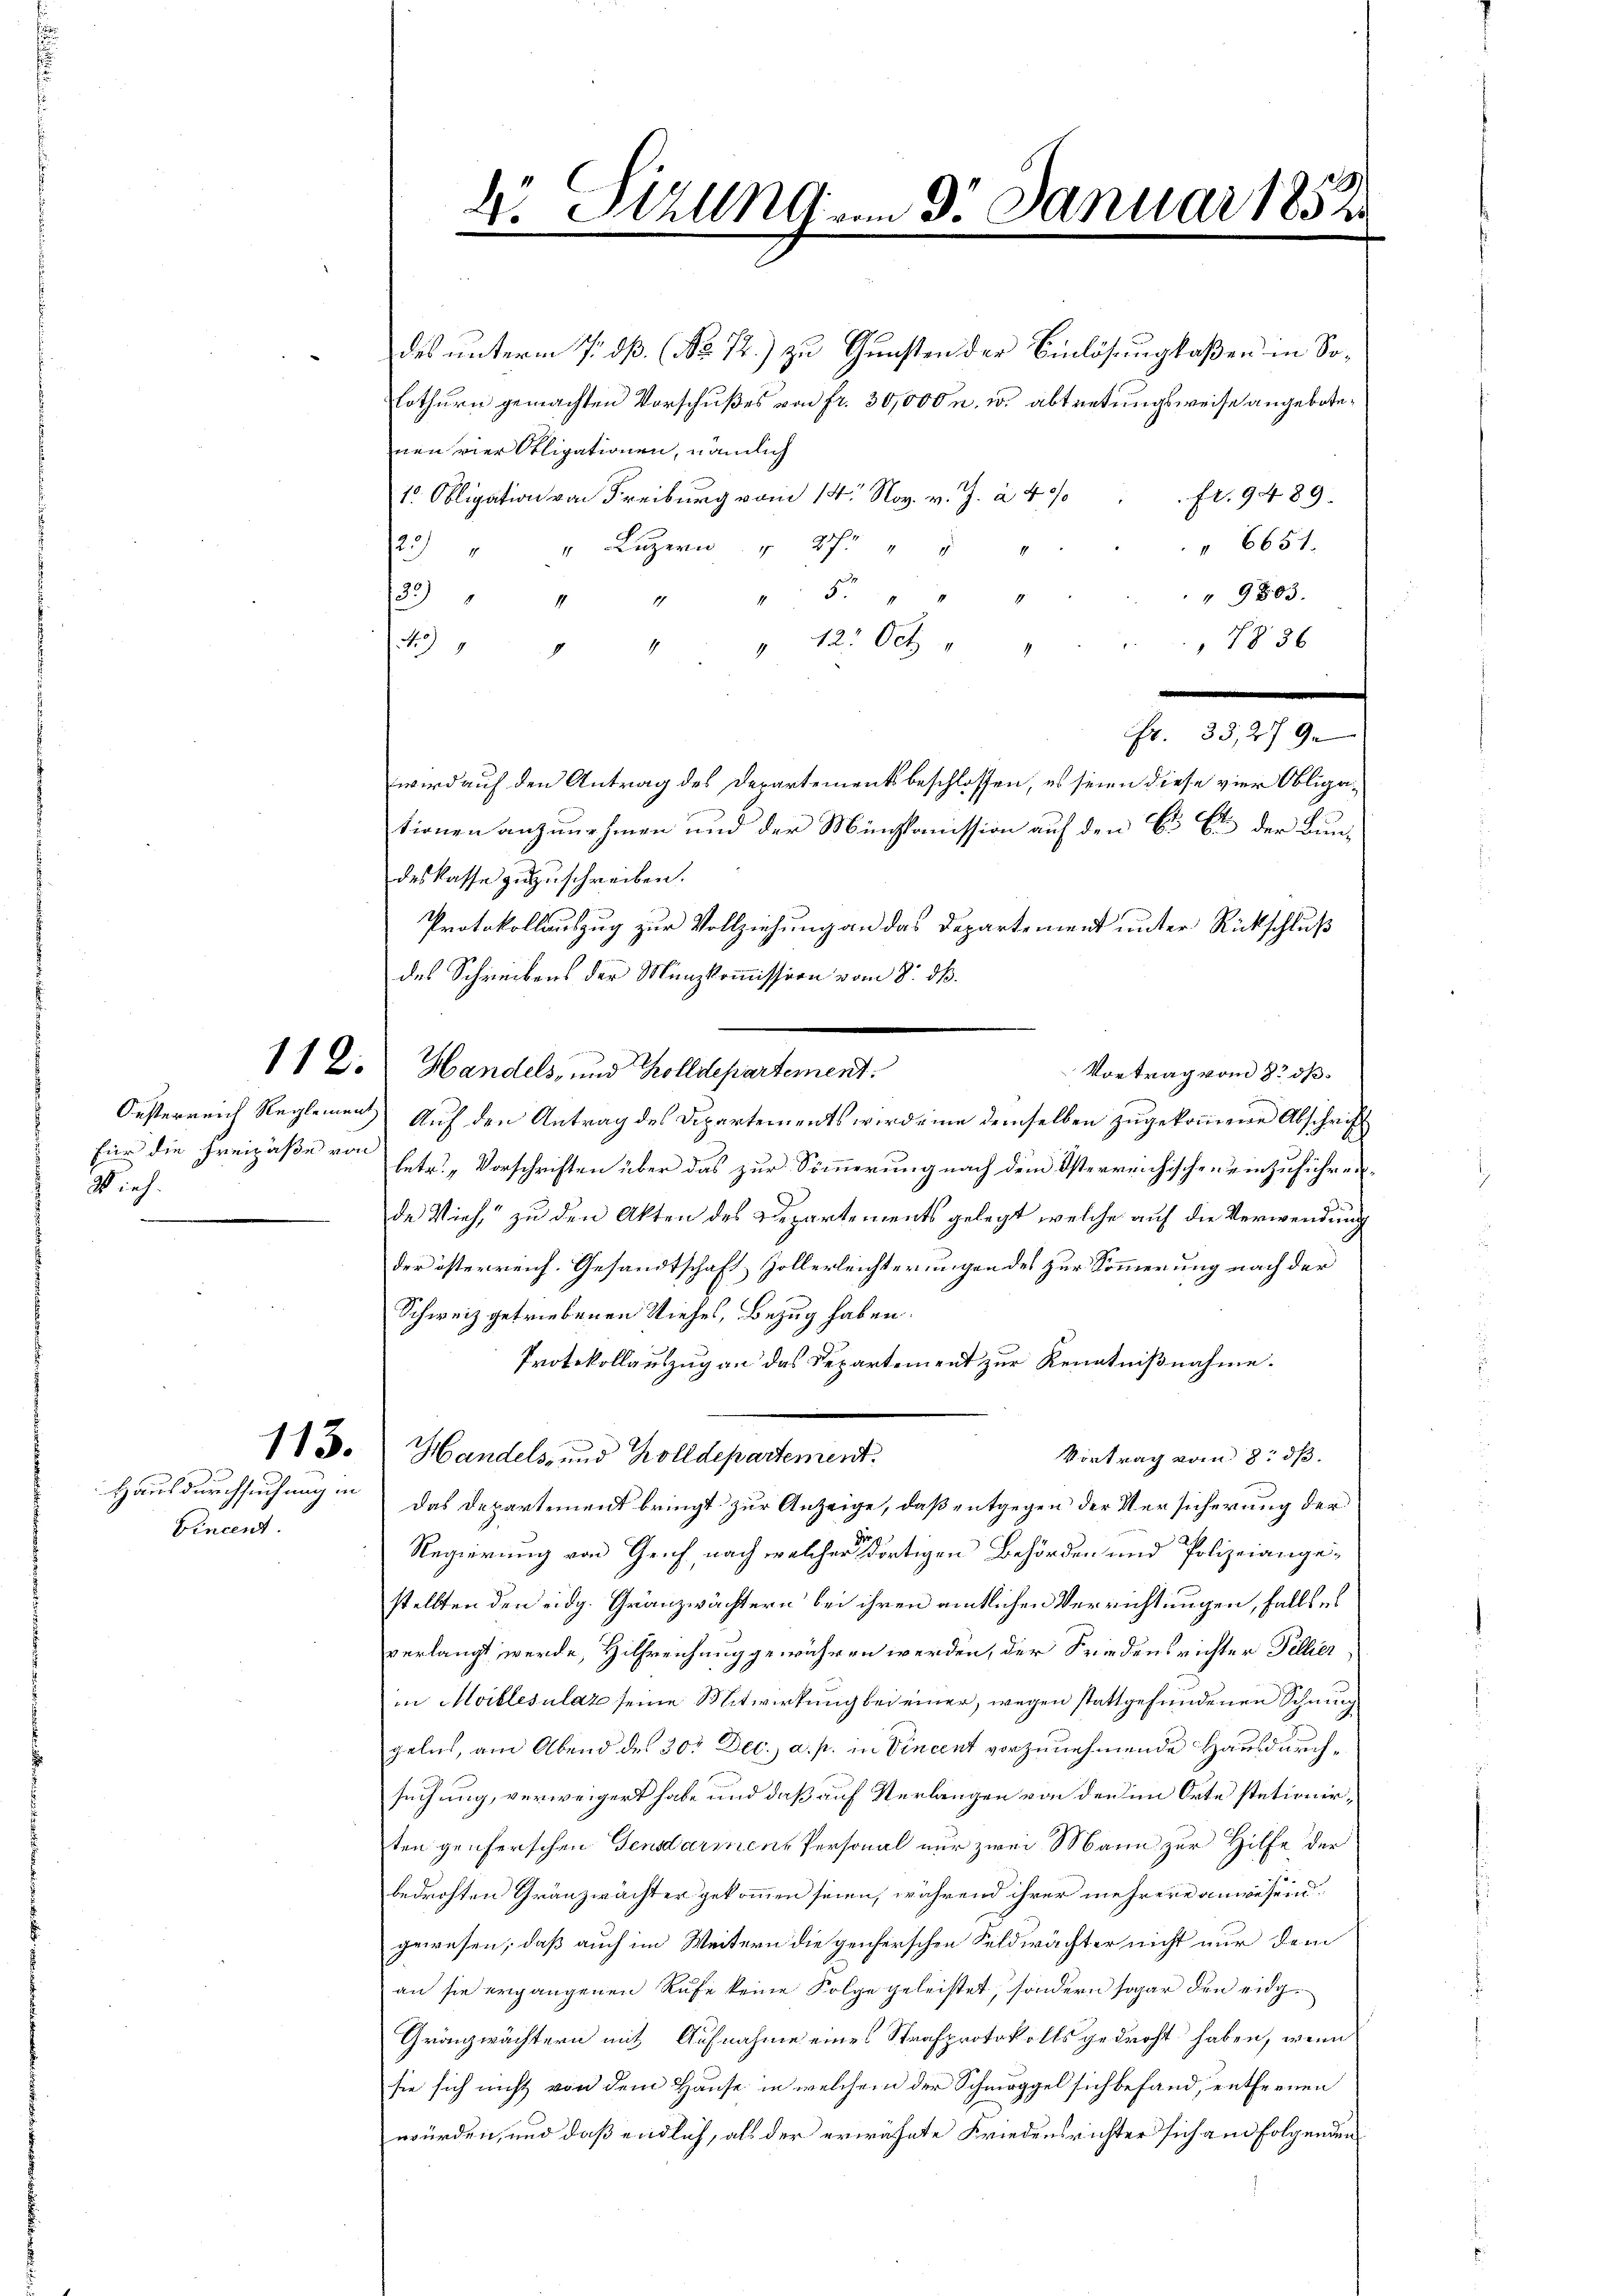
Wieh.

Hausdurchsuchung in
Vincent.

nen vier Obligationen, nämlich
23) " " Lŭzern " 27. " "
8 " " " " 5 " " "
, §§ 36
N.) " " " " 12. Oct. "
4
e
r. 33,279
wird auf den Antrag des Departements beschlossen, es seien diese vier Obligationen anzunehmen und der Münchkommission auf den 1 Ei der Bundeskasse zuzuschreiben.
Protokollauszug zur Vollziehung an das Departement unter Rückschluß
des Schreibens der Münzkommission vom 8. dß.
11 E. Handels- und Zolldepartement.
Vortrag vom 8. dß.
Oesterreich Reglemen Auf den Antrag des Dipartements wird eine demselben zugekommene Abschrift
für die Freizäße von Eite. - Vorschriften über das zur Sömmerung nach dem Osterreichischen einzuführende Vieh, zu den Akten des Departements gelegt welche auf die Verwendung
der österreich. Gesandtschaft Zollerleichterungen des zur Sommerung nach der
Schweiz getriebenen Viehes, Bezug haben.
Protokollauszug an das Departement zur Kenntnißnahme.
183. Handels- und Zolldepartement.
Vortrag vom 8. dß.
das Departement bringt zur Anzeige, daß entgegen der Versicherung der
Regierung von Genf, nach welcher dortigen Behörden und Polizeiangestellten den eidg. Granzwächtern bei ihren amtlichen Verrichtungen, falls es
verlangt werde, Hilfreichung gewähren werden, der Friedensrichter Tillier
in Moillesulaz seine Mitwirkung bei einer, wegen stattgefundenen Schnung
gelnd, am Abend des 30 Dec. a. p. in Vincent vorzunehmende Hausdurchsuchung, verweigert habe und daß auf Verlangen von den im Orte stationir
ten genferschen Gendarmen, Personal nur zwei Mann zur Hilfe der
bedrohten Gränzwächter gekommen seien, während ihrer mehrere anwesend
gewesen, daß auch im Weitern die geiferschen Seldwächter nicht nur dem
an sie ergangenen Rufe keine Folge geleistet, sondern sogar den eidg¬
Gränzwächtern mit Aufnahme eines Strafprotokolls gedroht haben, wenn
sie sich nicht von dem Hause in welchem der Schmuggel sich befand, entfernen
würden, und daß endlich, als der erwähnte Friedensrichter sich and folgenden

1
v. Sitzung vom 3. Januar 1852

des unterm 7. dß. (No 7.) zu Gunsten der Einlösungsaßen in Solothurn gemachten Vorschußes von fr. 30,000 n. w. abtretungsweise angebote¬
1 Obligation von Freiburg vom 14. Nov. v. J. à 4. " fr. 9489.
 6651.
9803.